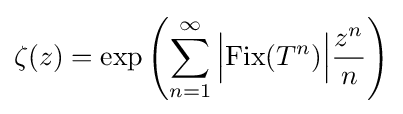
\zeta (z)=\exp \left(\sum _{n=1}^{\infty }{\Bigl |}{\textrm {Fix}}(T^{n}){\Bigr |}{\frac {z^{n}}{n}}\right)